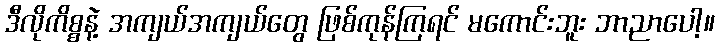
ဒီလိုကိစ္စနဲ့ အကျယ်အကျယ်တွေ ဖြစ်ကုန်ကြရင် မကောင်းဘူး ဘာညာပေါ့။